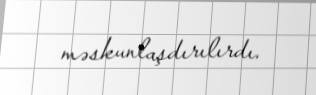
məskunlaşdırılırdı.